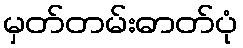
မှတ်တမ်းဓာတ်ပုံ